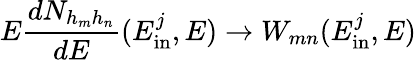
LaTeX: E\frac{dN_{h_{m}h_{n}}}{dE}(E_{\mathrm{in}}^{j},E)\rightarrow W_{mn}(E_{\mathrm{in}}^{j},E)